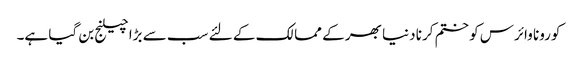
کورونا وائرس کو ختم کرنا دنیا بھر کے ممالک کے لئے سب سے بڑا چیلنج بن گیا ہے۔